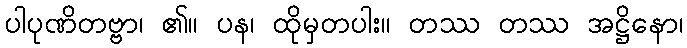
ပါပုဏိတဗ္ဗာ၊ ၏။ ပန၊ ထိုမှတပါး။ တဿ တဿ အဋ္ဌိနော၊